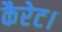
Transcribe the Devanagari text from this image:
कैरेट।